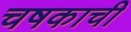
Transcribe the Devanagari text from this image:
चषकाची